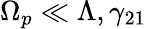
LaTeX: \Omega_{p}\ll\Lambda,\gamma_{21}